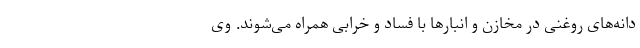
دانه‌های روغنی در مخازن و انبارها با فساد و خرابی همراه می‌شوند. وی